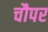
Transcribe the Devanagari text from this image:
चौपर